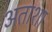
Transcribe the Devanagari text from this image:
अताशा